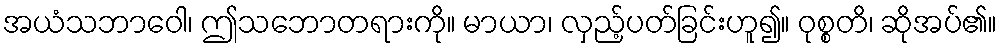
အယံသဘာဝေါ၊ ဤသဘောတရားကို။ မာယာ၊ လှည့်ပတ်ခြင်းဟူ၍။ ဝုစ္စတိ၊ ဆိုအပ်၏။